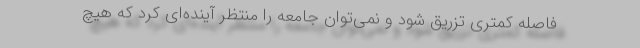
فاصله کمتری تزریق شود و نمی‌توان جامعه را منتظر آینده‌ای کرد که هیچ